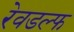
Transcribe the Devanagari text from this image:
रेवडल्फ